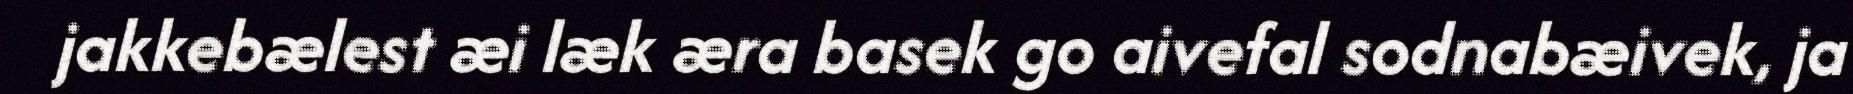
jakkebælest æi læk æra basek go aivefal sodnabæivek, ja